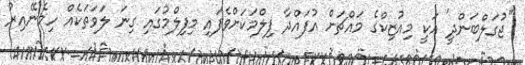
"ޖުގަލްބަންދީ' އަކީ މިއުޒިކްގެ މައްޗަށް އުފައްދާ ފިލްމަކަށްވެފައި މިފިލްމުގައި ގިނަ ލަވަތަކެއް ހިމެނޭއިރު